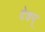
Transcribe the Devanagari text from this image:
देवम्